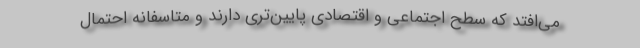
می‌افتد که سطح اجتماعی و اقتصادی پایین‌تری دارند و متاسفانه احتمال